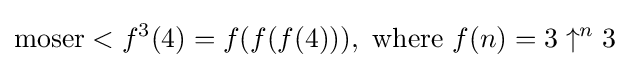
\mathrm {moser} <f^{3}(4)=f(f(f(4))),{\text{ where }}f(n)=3\uparrow ^{n}3